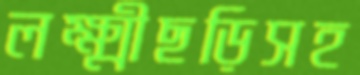
লক্ষ্মীছড়িসহ